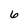
Character: 6